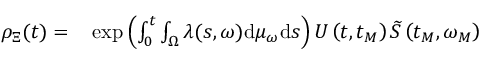
\begin{array} { r l } { { \rho } _ { \Xi } ( t ) = } & { { } \exp \left( \int _ { 0 } ^ { t } \int _ { \Omega } \lambda ( s , \omega ) \mathrm { d } \mu _ { \omega } \mathrm { d } s \right) U \left( t , t _ { M } \right) \widetilde { S } \left( t _ { M } , \omega _ { M } \right) } \end{array}